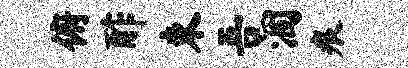
俯酢束吾涸痕